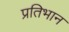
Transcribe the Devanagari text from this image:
प्रतिभान